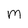
Character: M